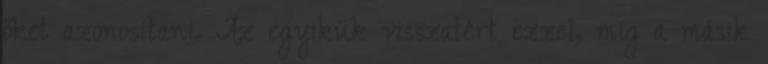
őket azonosítani. Az egyikük visszatért ezzel, míg a másik